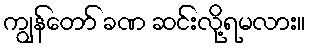
ကျွန်တော် ခဏ ဆင်းလို့ရမလား။